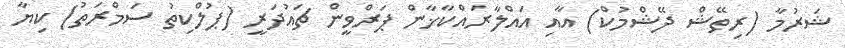
ޝަރުމާ (ރިތޭޝް ދޭޝްމުކް) އާއި އައްލާރައްކާޚާން ޕަރްވީން ޗައުދަރީ (ޕުލްކިތު ސަމްރަތު) ކިޔާ